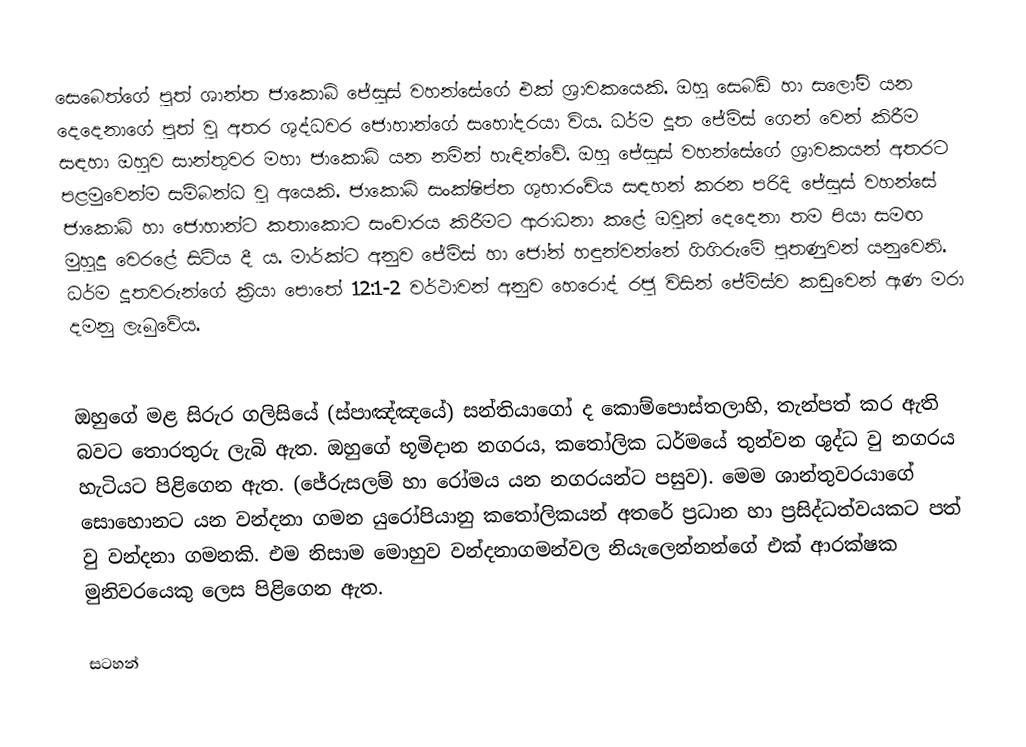
සෙබෙත්ගේ පුත් ශාන්ත ජාකොබ් ජේසුස් වහන්සේගේ එක් ශ්‍රාවකයෙකි. ඔහු සෙබඩි හා සලෝමි යන දෙදෙනාගේ පුත් වු අතර ශුද්ධවර ජොහාන්ගේ සහෝදරයා විය. ධර්ම දූත ජේම්ස් ගෙන් වෙන් කිරීම සඳහා ඔහුව සාන්තුවර මහා ජා‍කොබ් යන නමින් හැඳින්වේ. ඔහු ජේසුස් වහන්සේගේ ශ්‍රාවකයන් අතරට පළමුවෙන්ම සම්බන්ධ වු අයෙකි. ජාකොබ් සංක්ෂිප්ත ශුභාරංචිය සඳහන් කරන පරිදි ජේසුස් වහන්සේ ජාකොබ් හා ජොහාන්ට කතාකොට සංචාරය කිරීමට ආරාධනා කළේ ඔවුන් දෙදෙනා තම පියා සමඟ මුහුදු වෙරළේ සිටිය දී ය. මාර්ක්ට අනුව ජේම්ස් හා ජෝන් හඳුන්වන්නේ ගිගිරුමේ පුතණුවන් යනුවෙනි. ධර්ම දූතවරුන්ගේ ක්‍රියා පොතේ 12:1-2 වර්ථාවන් අනුව හෙරො‍ද් රජු විසින් ජේම්ස්ව කඩුවෙන් ඇණ මරා දමනු ලැබුවේය.

ඔහුගේ මළ සිරුර ගලිසියේ (ස්පාඤ්ඤයේ) සන්තියාගෝ ද කොම්පොස්තලාහි, තැන්පත් කර ඇති බවට තොරතුරු ලැබි ඇත. ඔහුගේ භූමිදාන නගරය, කතෝලික ධර්මයේ තුන්වන ශුද්ධ වු නගරය හැටියට පිළිගෙන ඇත. (ජේරුසලම් හා රෝමය යන නගරයන්ට පසුව). මෙම ශාන්තුවරයාගේ සොහොනට යන වන්දනා ගමන යුරෝපියානු කතෝලිකයන් අතරේ ප්‍රධාන හා ප්‍රසිද්ධත්වයකට පත් වු වන්දනා ගමනකි. එම නිසාම මොහුව වන්දනාගමන්වල නියැලෙන්නන්ගේ එක් ආරක්ෂක මුනිවරයෙකු ලෙස පිළිගෙන ඇත.

සටහන්